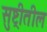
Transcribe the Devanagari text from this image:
सुष्ट्रीतील